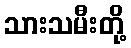
သားသမီးတို့